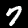
Digit: 7